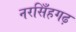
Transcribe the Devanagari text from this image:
नरसिँहगढ़